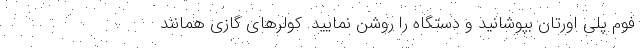
فوم پلی اورتان بپوشانید و دستگاه را روشن نمایید. کولرهای گازی همانند